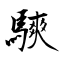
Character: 騻